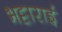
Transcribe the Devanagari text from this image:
भट्टाराई